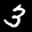
Label: 3